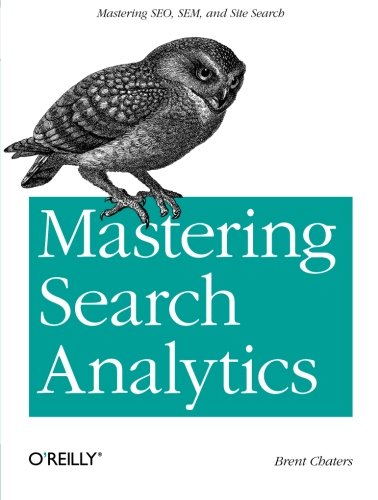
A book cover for Mastering Search Analytics: Measuring SEO, SEM and Site Search; Brent Chaters; Computers & Technology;